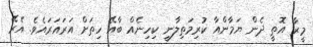
މީރާ އޮތީ ދެން ޔަމާންއާ ކުރިމަތިލާނީ ކިހިނެއް ބާއޭ ހިތަށް އަރައަރައެވެ. އެރޭ